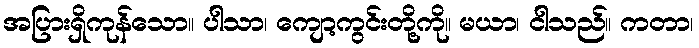
အပြားရှိကုန်သော။ ပါသာ၊ ကျော့ကွင်းတို့ကို။ မယာ၊ ငါသည်။ ကတာ၊